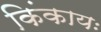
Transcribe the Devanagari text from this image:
किंकायः